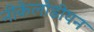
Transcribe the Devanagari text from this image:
नीकेलोडीयन